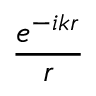
\frac { e ^ { - i k r } } { r }